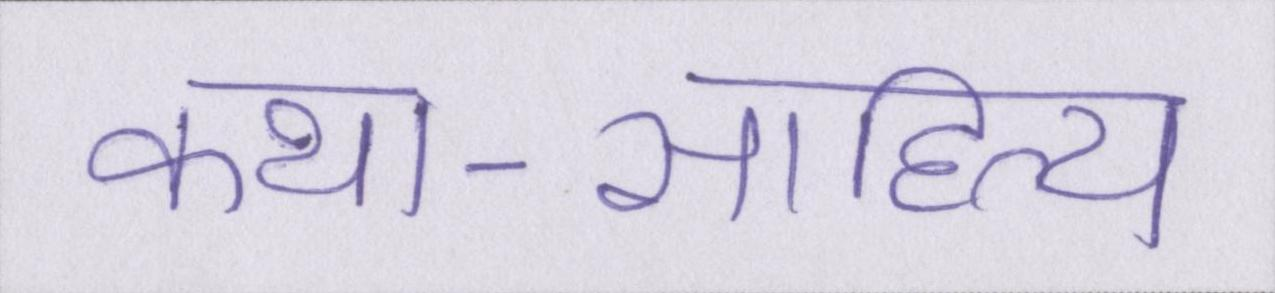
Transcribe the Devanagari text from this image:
कथा-साहित्य